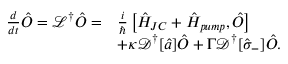
\begin{array} { r l } { \frac { d } { d t } \hat { O } = \mathcal { L } ^ { \dag } \hat { O } = } & { \frac { i } { \hbar } \left[ \hat { H } _ { J C } + \hat { H } _ { p u m p } , \hat { O } \right] } \\ & { + \kappa { \mathcal { D ^ { \dagger } } [ \hat { a } ] \hat { O } } + \Gamma { \mathcal { D ^ { \dagger } } [ \hat { \sigma } _ { - } ] \hat { O } } . } \end{array}